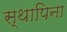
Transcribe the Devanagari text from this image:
स्थापिना